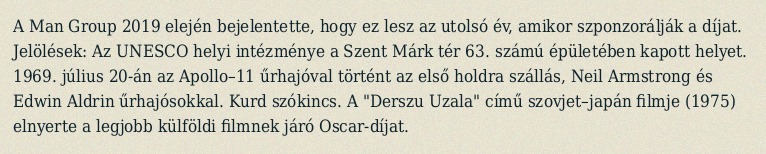
A Man Group 2019 elején bejelentette, hogy ez lesz az utolsó év, amikor szponzorálják a díjat. Jelölések: Az UNESCO helyi intézménye a Szent Márk tér 63. számú épületében kapott helyet. 1969. július 20-án az Apollo–11 űrhajóval történt az első holdra szállás, Neil Armstrong és Edwin Aldrin űrhajósokkal. Kurd szókincs. A "Derszu Uzala" című szovjet–japán filmje (1975) elnyerte a legjobb külföldi filmnek járó Oscar-díjat.